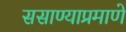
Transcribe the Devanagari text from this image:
ससाण्याप्रमाणे